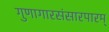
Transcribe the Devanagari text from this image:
गुणागारसंसारपारम्